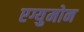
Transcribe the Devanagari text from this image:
एग्युमोन